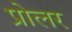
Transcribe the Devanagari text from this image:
प्रोलर